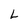
Character: L